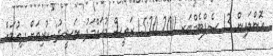
އޮންލައިން 13 ސެޕްޓެމްބަރ 2011 15:20 ރައީސް މުހައްމަދު ނަޝީދު: ކުރިއަށް ދިއުމަށް